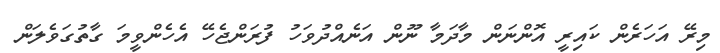
މިރޭ އަހަރެން ކައިރީ އޮންނަން މާދަމާ ނޫން އަނެއްދުވަހު ފުރަންޖެހޭ އެހެންވީމަ ގާތުގަވެލަން